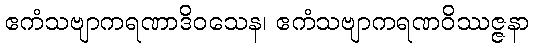
ဧကံသဗျာကရဏာဒိဝသေန၊ ဧကံသဗျာကရဏဝိဿဇ္ဇနာ